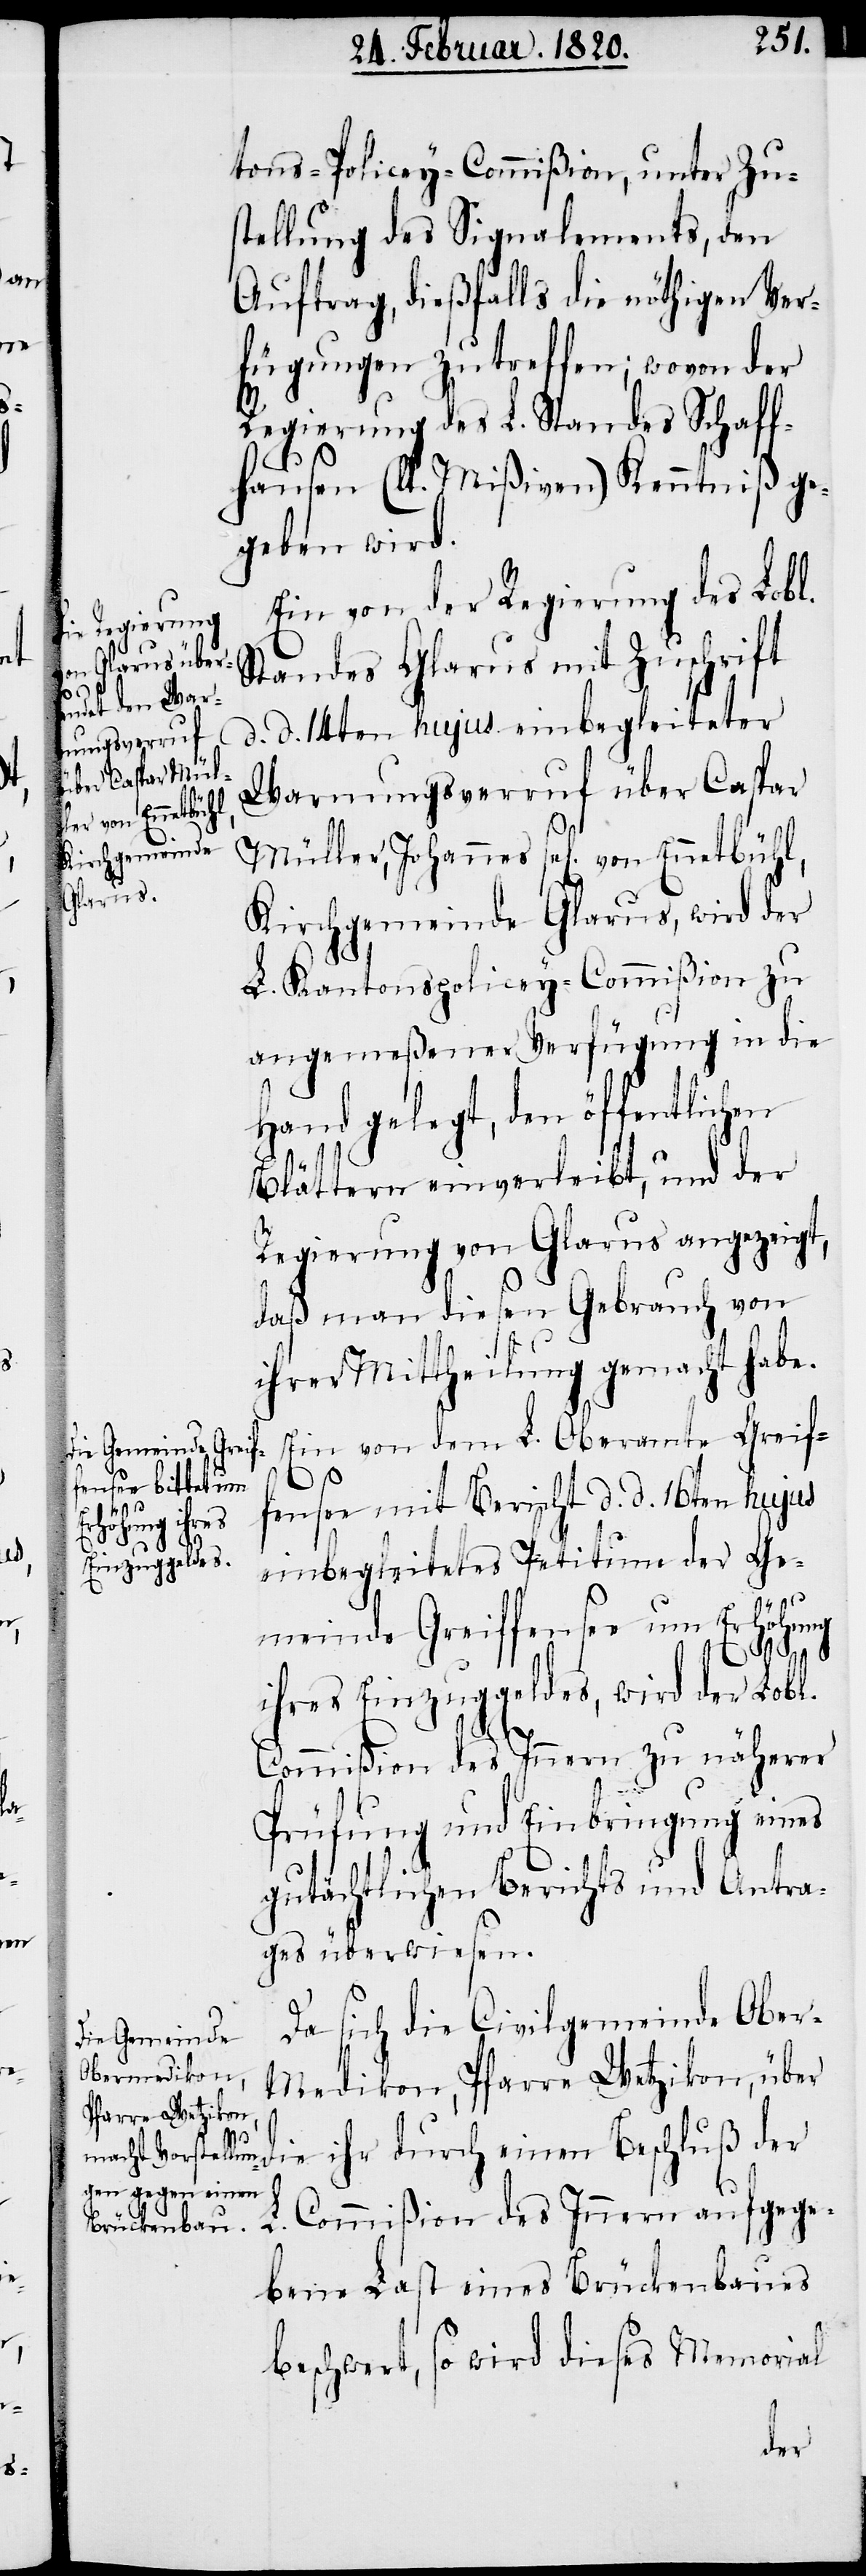
tons-Policey-Commißion, unter Zu¬
stellung des Signalements, den
Auftrag, dießfalls die nöthigen Ver¬
fügungen zu treffen; wovon der
Regierung des L. Standes Schaff¬
hausen (lt. Mißiven) Kenntniß ge¬
geben wird.
Ein von der Regierung des Lobl.
Standes Glarus mit Zuschrift
d. d. 14ten hujus einbegleiteter
Warnungsverruf über Caspar
Kirchgemeinde Glarus, wird der
L. Kantonspolicey-Commißion zu
angemeßener Verfügung in die
Hand gelegt, den öffentlichen
Blättern einverleibt, und der
Regierung von Glarus angezeigt,
daß man diesen Gebrauch von
ihrer Mittheilung gemacht habe.
Ein von dem L. Oberamte Greif¬
fensee mit Bericht d. d. 16ten hujus
einbegleitetes Petitum der Ge¬
meinde Greiffensee um Erhöhung
ihres Einzuggeldes, wird der Lobl.
Commißion des Innern zu näherer
Prüfung und Einbringung eines
gutächtlichen Berichts und Antra¬
ges überwiesen.
Da sich die Civilgemeinde Ober-M¬
edikon, Pfarre Wetzikon, über
die ihr durch einen Beschluß der
L. Commißion des Innern aufgege¬
bene Last eines Brückenbaues
beschwert, so wird dieses Memorial